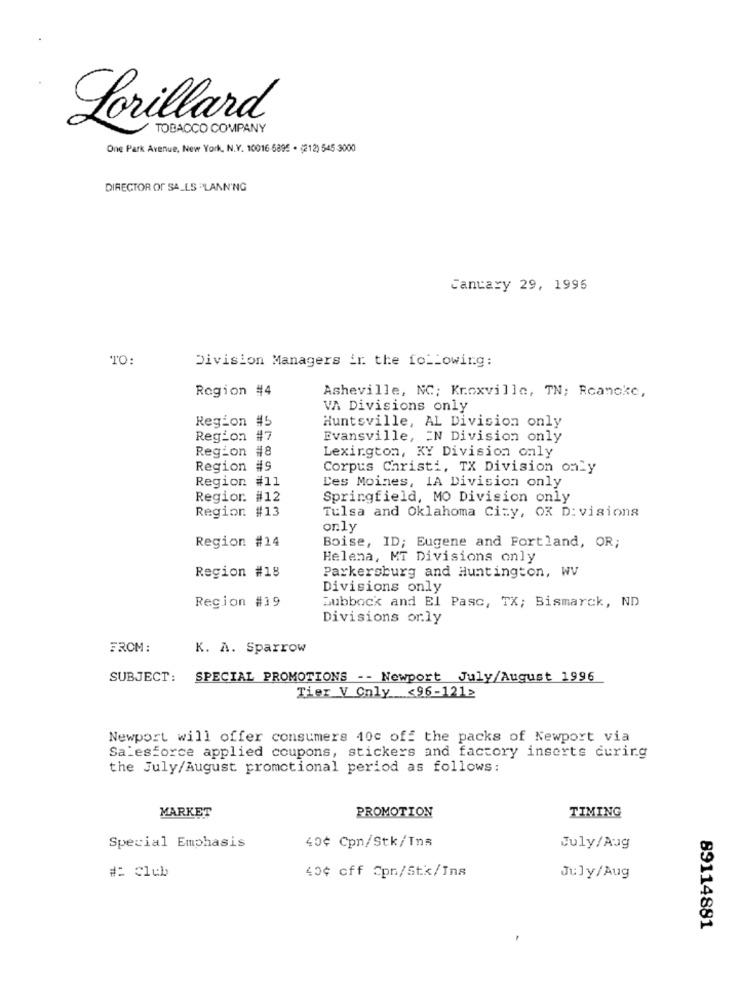
Lorillard
TOBACCO COMPANY
One Park Avenue, New York, N.Y. 10016 6895 . (212) 545-3000
DIRECTOR OF SA_LS PLANNING
Cantary 29, 1995
TO:
Division Managers in the following:
Region #4
Asheville, NC; Knoxville, TN; Roanoke,
VA Divisions only
Region #5
Huntsville, AL Division only
Reg_on
Evansville, EN Division only
Region #8
Lexington, KY Division only
Region #9
Corpus Christi, TX Division only
Region #11
Des Moines, IA Division only
Regior. #12
Springfield, MO Division only
Region #13
Tulsa and Oklahoma City, OK D: visions
only
Region #14
Boise, ID; Eugene and Fortland, OR;
Helena, MT Divisions only
Parkersburg and Huntington, WV
Region #18
Divisions only
Region #19
Subbock and El Pasc, TX; Bismarck, ND
Divisions only
FROM:
K. A. Sparrow
SUBJECT:
SPECIAL PROMOTIONS -- Newport July/August 1996
Tier V Only <96-1212
Newport will offer consumers 10c off the packs of Newport via
Salesforce applied coupons, stickers and factory inserts curing
the July/August promotional period as follows:
MARKET
PROMOTION
TIMING
Special Emphasis
40¢ Cpn/Stk/Tns
July/Aug
# Club
40¢ off Cpn/Stk/Ins
July/Aug
89114881